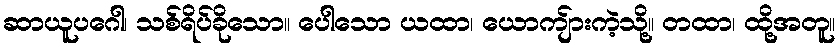
ဆာယူပဂေါ၊ သစ်ရိပ်ခိုသော။ ပေါသော ယထာ၊ ယောကျ်ားကဲ့သို့။ တထာ၊ ထို့အတူ။